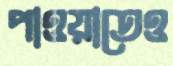
পাওয়াতেও